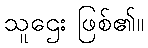
သူဌေး ဖြစ်၏။